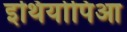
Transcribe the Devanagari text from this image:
इथियोपिआ